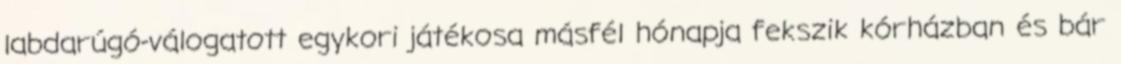
labdarúgó-válogatott egykori játékosa másfél hónapja fekszik kórházban és bár